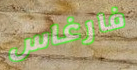
فارغاس